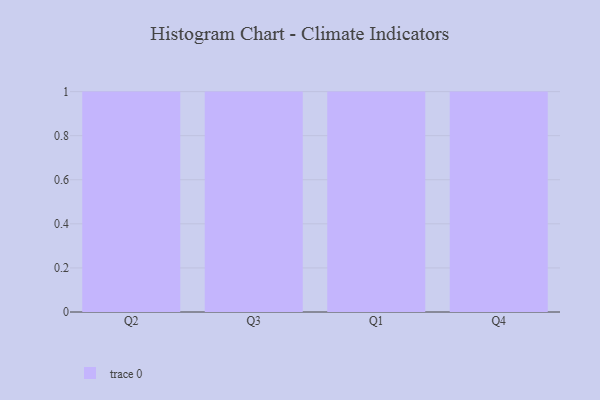
{"axis": {"x": "Quarter", "y": "Operating Costs (USD K)"}, "legend": [""], "data": [{"x": "Q2", "y": 63, "type": ""}, {"x": "Q3", "y": 87, "type": ""}, {"x": "Q1", "y": 60, "type": ""}, {"x": "Q4", "y": 27, "type": ""}]}